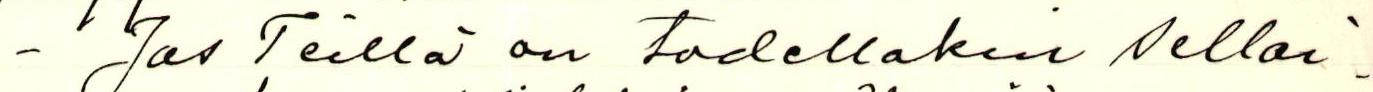
- Jos Teillä on todellakin sellai-